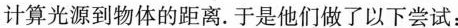
计算光源到物体的距离。于是他们做了以下尝试：